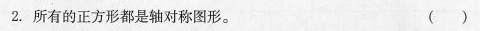
2.所有的正方形都是轴对称图形。 ( )